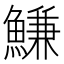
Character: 鰜